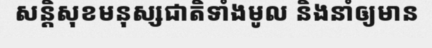
សន្តិសុខមនុស្សជាតិទាំងមូល និងនាំឲ្យមាន